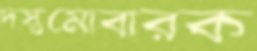
দস্তমোবারক